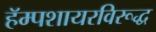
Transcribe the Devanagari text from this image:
हॅम्पशायरविरूद्ध